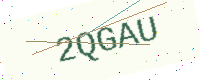
Text: 2QGAU